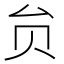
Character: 贠